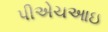
પીએચઆઇ